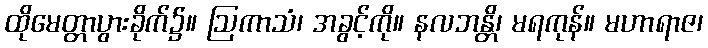
ထိုမေတ္တာပွားခိုက်၌။ ဩကာသံ၊ အခွင့်ကို။ နလဘန္တိ၊ မရကုန်။ မဟာရာဇ၊